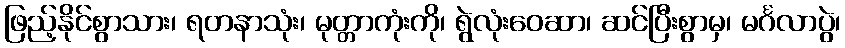
ဖြည့်နိုင်စွာသား၊ ရတနာသုံး၊ မုတ္တာကုံးကို၊ ရွဲလုံးဝေဆာ၊ ဆင်ပြီးစွာမှ၊ မင်္ဂလာပွဲ၊